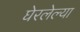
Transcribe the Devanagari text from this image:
घेरलेल्या